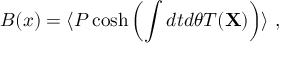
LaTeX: { \cal B } ( x ) = \langle P \cosh \left( \int d t d \theta T ( { \bf X } ) \right) \rangle ~ ,